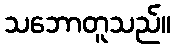
သဘောတူသည်။